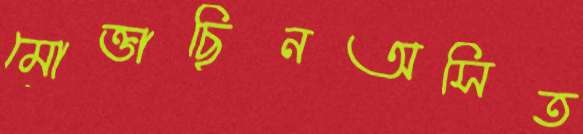
মোক্তাছিনঅসিত